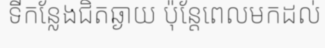
ទីកន្លែងជិតឆ្ងាយ ប៉ុន្តែពេលមកដល់